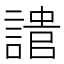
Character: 𧪯